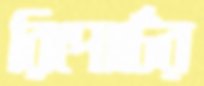
রিপোর্টের